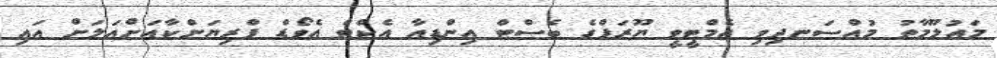
މައުލޫމާތު މުއްސަނދިވި އެމްޓީވީ ޔޫރަޕްގެ ބެސްޓް އިންޑިއާ އެކްޓްް އެވޯޑް ޕްރިޔަންކާއަށްއަލަށް އައި